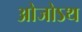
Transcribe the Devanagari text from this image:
ओजोऽथ